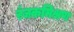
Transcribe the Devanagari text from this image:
रंजकमिश्रण